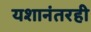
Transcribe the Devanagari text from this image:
यशानंतरही